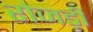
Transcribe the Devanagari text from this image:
रोजड़ी